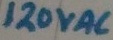
Text: 120VAC